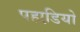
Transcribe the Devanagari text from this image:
पहाडि़यो